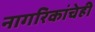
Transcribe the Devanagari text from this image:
नागरिकांचेही